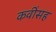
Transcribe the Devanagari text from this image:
कवींसह